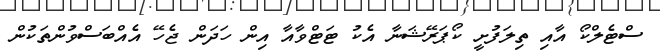
ސްޓެލްކޯ އާއި ތިލަފުށީ ކޯޕަރޭޝަނާ އެކު ޓަޓްވާއާ އިން ހަދަން ޖެހޭ އެއްބަސްވުންތަކުން